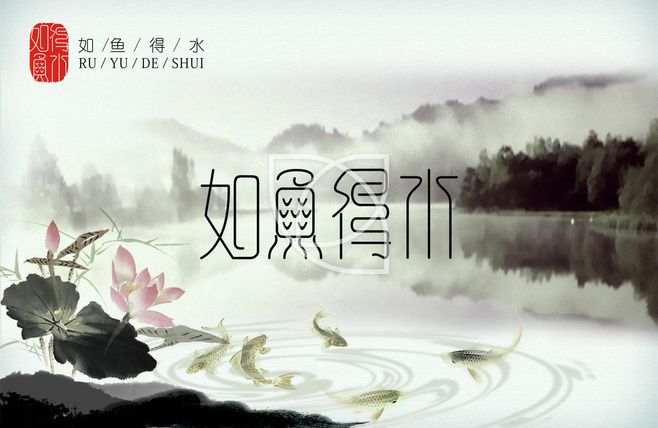
孤之有孔明，犹鱼之有水也。